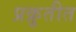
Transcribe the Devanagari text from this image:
प्रक्रुतीत